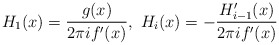
\begin{align*}H_1(x)=\frac{g(x)}{2\pi if^\prime(x)},\ H_i(x)=-\frac{H_{i-1}^\prime(x)}{2\pi if^\prime(x)}\end{align*}